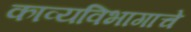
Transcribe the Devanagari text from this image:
काव्यविभागाचे